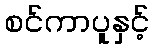
စင်ကာပူနှင့်